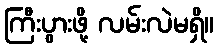
ကြီးပွားဖို့ လမ်းလဲမရှိ။